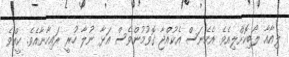
ލިއާއާ ލޯބިކޮށްލިއެވެ. އެހެނަސް އެކުއްޖާ ގޮވުމުންވެސް އަޅާ ނުލާ ހުރީ ރައިހާނާއެވެ. ކީއްވެ